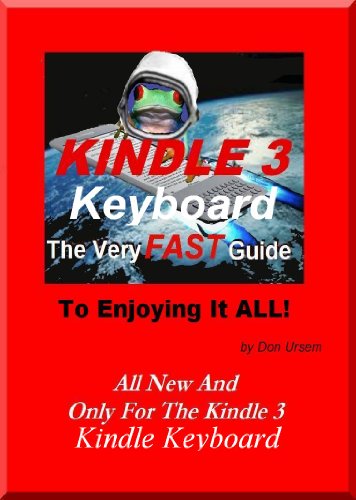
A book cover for Kindle 3 Keyboard - the Very Fast Guide to Enjoying It All - free books, the browser, email, and more.; Don Ursem; Computers & Technology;